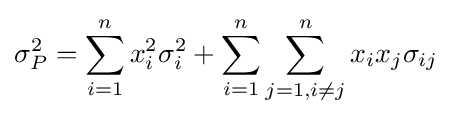
\sigma _{P}^{2}=\sum _{i=1}^{n}x_{i}^{2}\sigma _{i}^{2}+\sum _{i=1}^{n}\sum _{j=1,i\neq j}^{n}x_{i}x_{j}\sigma _{ij}